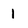
Character: 1